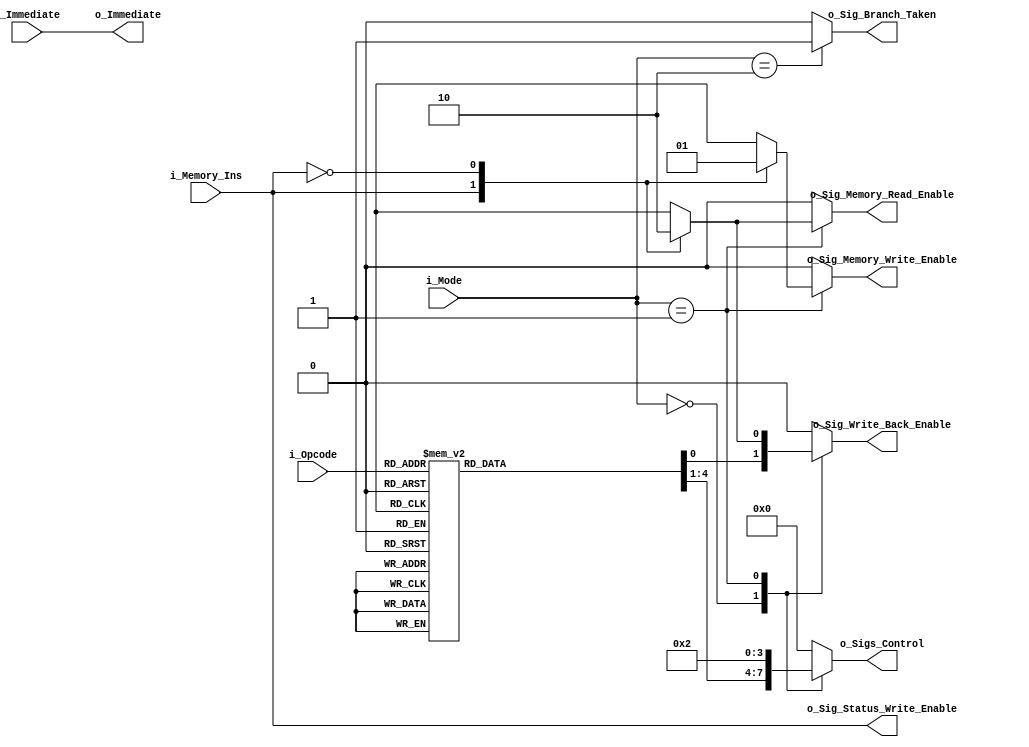
`define MOV_ALU 4'b0001
`define MVN_ALU 4'b1001
`define ADD_ALU 4'b0010
`define ADC_ALU 4'b0011
`define SUB_ALU 4'b0100
`define SBC_ALU 4'b0101
`define AND_ALU 4'b0110
`define ORR_ALU 4'b0111
`define EOR_ALU 4'b1000
`define CMP_ALU 4'b0100
`define TST_ALU 4'b0110
`define LDR_ALU 4'b0010
`define STR_ALU 4'b0010

`define MOV 4'b1101
`define MVN 4'b1111
`define ADD 4'b0100
`define ADC 4'b0101
`define SUB 4'b0010
`define SBC 4'b0110
`define AND 4'b0000
`define ORR 4'b1100
`define EOR 4'b0001
`define CMP 4'b1010
`define TST 4'b1000
`define LDR 4'b0100
`define STR 4'b0100

`define ARITHMATIC_INS_TYPE  2'b00
`define MEM_INS_TYPE  2'b01
`define BRANCH_INS_TYPE  2'b10
`define CO_PROC_INS_TYPE  2'b11


module control_unit (
    i_Opcode,
    i_Memory_Ins,
    i_Immediate,
    i_Mode,
    o_Sigs_Control,
    o_Sig_Memory_Write_Enable,
    o_Sig_Memory_Read_Enable,
    o_Sig_Write_Back_Enable,
    o_Sig_Status_Write_Enable,
    o_Sig_Branch_Taken,
    o_Immediate
    );


    input [3:0] i_Opcode;
    input i_Memory_Ins;
    input i_Immediate;
    input [1:0] i_Mode;
    
    output reg[3:0] o_Sigs_Control;
    output reg o_Sig_Memory_Write_Enable;
    output reg o_Sig_Memory_Read_Enable;
    output reg o_Sig_Write_Back_Enable;
    output reg o_Sig_Status_Write_Enable;
    output reg o_Sig_Branch_Taken;
    output reg o_Immediate;

    always @(i_Opcode, i_Mode, i_Memory_Ins) begin
       
        o_Sig_Status_Write_Enable = i_Memory_Ins;
        o_Immediate = i_Immediate;
        o_Sig_Memory_Read_Enable = 1'b0;
        o_Sig_Memory_Write_Enable = 1'b0;
        o_Sig_Write_Back_Enable = 1'b0;
        o_Sig_Branch_Taken = 1'b0;
        o_Sigs_Control = 4'b000;
        
        case (i_Mode)
            `ARITHMATIC_INS_TYPE: begin
                case (i_Opcode)
                    `MOV: begin
                        o_Sig_Write_Back_Enable = 1'b1;
                        o_Sigs_Control = `MOV_ALU;
                    end 
                    `MVN: begin
                        o_Sig_Write_Back_Enable = 1'b1;
                        o_Sigs_Control = `MVN_ALU;
                    end
                    `ADD: begin
                        o_Sig_Write_Back_Enable = 1'b1;
                        o_Sigs_Control = `ADD_ALU;
                    end
                    `ADC: begin
                        o_Sig_Write_Back_Enable = 1'b1;
                        o_Sigs_Control = `ADC_ALU;
                    end
                    `SUB: begin
                        o_Sig_Write_Back_Enable = 1'b1;
                        o_Sigs_Control = `SUB_ALU;
                    end
                    `SBC: begin
                        o_Sig_Write_Back_Enable = 1'b1;
                        o_Sigs_Control = `SBC_ALU;
                    end
                    `AND: begin
                        o_Sig_Write_Back_Enable = 1'b1;
                        o_Sigs_Control = `AND_ALU;
                    end
                    `ORR: begin
                        o_Sig_Write_Back_Enable = 1'b1;
                        o_Sigs_Control = `ORR_ALU;
                    end
                    `EOR: begin
                        o_Sig_Write_Back_Enable = 1'b1;
                        o_Sigs_Control = `EOR_ALU;
                    end
                    `CMP: begin
                        o_Sigs_Control = `CMP_ALU;
                    end
                    `TST: begin
                        o_Sigs_Control = `TST_ALU;
                    end 
                endcase
            end
            `MEM_INS_TYPE: begin
                case (i_Memory_Ins)
                    1'b1: begin
                        // LDR
                        o_Sig_Memory_Read_Enable = 1'b1;
                        o_Sigs_Control = `LDR_ALU;
                        o_Sig_Write_Back_Enable = 1'b1;
                    end
                    1'b0: begin
                        // STR
                        o_Sig_Memory_Write_Enable = 1'b1;
                        o_Sigs_Control = `STR_ALU;
                    end
                endcase
            end
            `BRANCH_INS_TYPE: begin
                o_Sig_Branch_Taken = 1'b1;
            end
        endcase

    end
    
endmodule